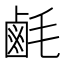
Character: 𪉚